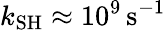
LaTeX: k_{\mathrm{SH}}\approx 10^{9}\, \mathrm{s}^{-1}